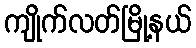
ကျိုက်လတ်မြို့နယ်